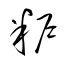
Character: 粐